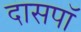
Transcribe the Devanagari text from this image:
दासपॉ